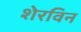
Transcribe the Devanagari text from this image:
शेरविन